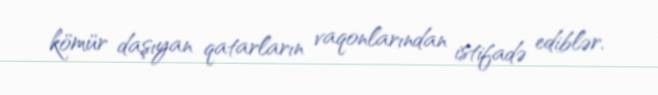
kömür daşıyan qatarların vaqonlarından istifadə ediblər.